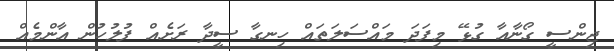
ޖިންސީ ގޯނާއާ ގުޅޭ މިފަދަ މައްސަލަތައް ހިނގާ ސީދާ ރަށެއް ފުލުހުން އާންމެއް